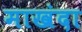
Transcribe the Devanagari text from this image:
माखंदा